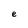
Character: e